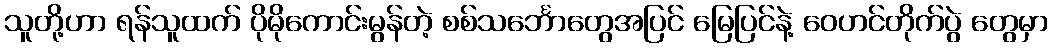
သူတို့ဟာ ရန်သူထက် ပိုမိုကောင်းမွန်တဲ့ စစ်သင်္ဘောတွေအပြင် မြေပြင်နဲ့ ဝေဟင်တိုက်ပွဲ တွေမှာ